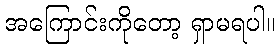
အကြောင်းကိုတော့ ရှာမရပါ။